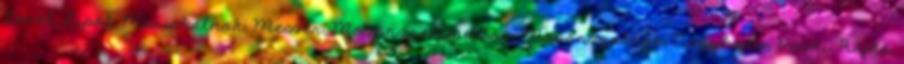
Levél, Lipót, Máriakálnok, Mecsér, Mosonszentmiklós, Mosonszolnok, Nagybajcs, Püski, Rajka,